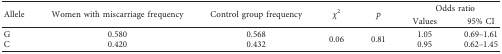
| <ROWSPAN=2> Allele | <ROWSPAN=2> Women with miscarriage frequency | <ROWSPAN=2> Control group frequency | <ROWSPAN=2> χ2 | <ROWSPAN=2> p | <COLSPAN=2> Odds ratio |
 | Values | 95% CI |
 | --- | --- | --- | --- | --- | --- | --- |
 | G | 0.580 | 0.568 | <ROWSPAN=2> 0.06 | <ROWSPAN=2> 0.81 | 1.05 | 0.69–1.61 |
 | C | 0.420 | 0.432 | 0.95 | 0.62–1.45 |